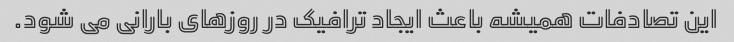
این تصادفات همیشه باعث ایجاد ترافیک در روزهای بارانی می شود.